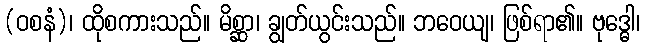
(ဝစနံ)၊ ထိုစကားသည်။ မိစ္ဆာ၊ ချွတ်ယွင်းသည်။ ဘဝေယျ၊ ဖြစ်ရာ၏။ ဗုဒ္ဓေါ၊